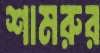
শামরুর